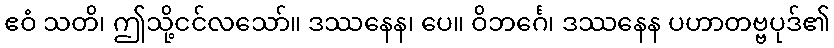
ဧဝံ သတိ၊ ဤသို့ငင်လသော်။ ဒဿနေန၊ ပေ။ ဝိဘင်္ဂေ၊ ဒဿနေန ပဟာတဗ္ဗပုဒ်၏